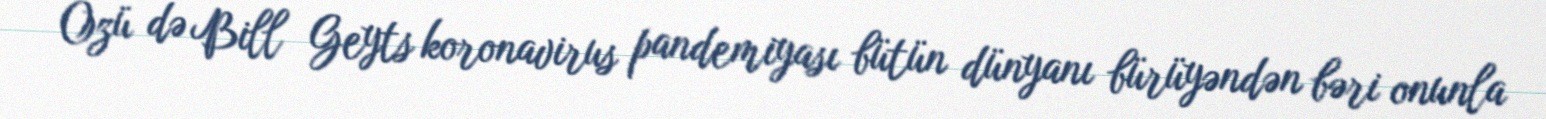
Özü də Bill Geyts koronavirus pandemiyası bütün dünyanı bürüyəndən bəri onunla